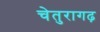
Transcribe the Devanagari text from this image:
चेतुरागढ़